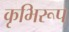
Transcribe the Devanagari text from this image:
कृभिरूप